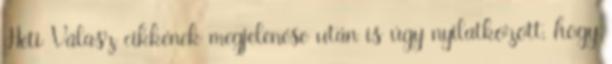
Heti Válasz cikkének megjelenése után is úgy nyilatkozott, hogy